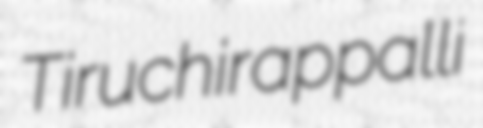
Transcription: Tiruchirappalli